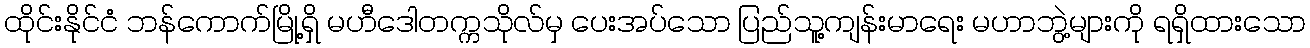
ထိုင်းနိုင်ငံ ဘန်ကောက်မြို့ရှိ မဟီဒေါတက္ကသိုလ်မှ ပေးအပ်သော ပြည်သူ့ကျန်းမာရေး မဟာဘွဲ့များကို ရရှိထားသော